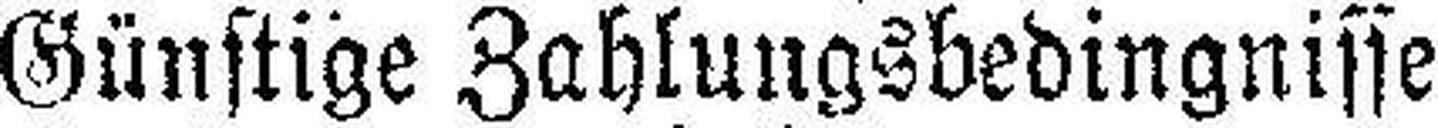
Günstige Zahlungsbedingnisse